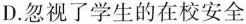
D.忽视了学生的在校安全